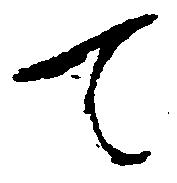
て